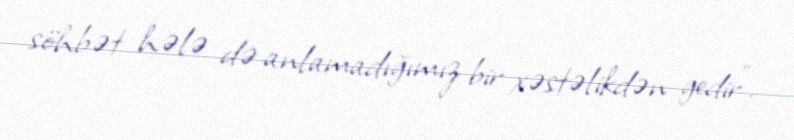
söhbət hələ də anlamadığımız bir xəstəlikdən gedir”.